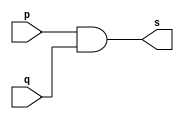
// --------------------------------------- 
// Exemplo0003 - AND 
// Nome: Alvaro Henrique de Araujo Rungue 
// ---------------------------------------
 
// ------------------------- 
// -- and gate 
// ------------------------- 
module andgate ( output s,  
                               input  p,  
                               input  q); 
 assign s = p & q; 
endmodule // andgate 
 
// --------------------- 
// -- test and gate 
// --------------------- 
module testandgate; 
// ------------------------- dados locais 
   reg   a, b; // definir registradores 
   wire  s;    // definir conexao (fio) 
// ------------------------- instancia 
   andgate AND1 (s, a, b); 
// ------------------------- preparacao 
   initial begin:start 
                   // atribuicao simultanea 
                   // dos valores iniciais 
      a=0; b=0; 
   end 

// ------------------------- parte principal 
 
   initial begin 
      $display("Exemplo0003 - Alvaro Henrique de Araujo Rungue - 395487"); 
      $display("Test AND gate"); 
      $display("\na & b = s\n"); 
      a=0; b=0; 
  #1  $display("%b & %b = %b", a, b, s); 
      a=0; b=1; 
  #1  $display("%b & %b = %b", a, b, s); 
      a=1; b=0; 
  #1  $display("%b & %b = %b", a, b, s); 
      a=1; b=1; 
  #1  $display("%b & %b = %b", a, b, s); 
 end 
 
endmodule // testandgate